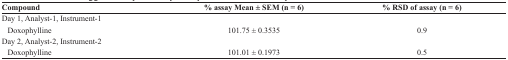
| Compound | % assay Mean ± SEM (n = 6) | % RSD of assay (n = 6) |
 | --- | --- | --- |
 | Day 1, Analyst-1, Instrument-1 Doxophylline | 101.75 ± 0.3535 | 0.9 |
 | Day 2, Analyst-2, Instrument-2 Doxophylline | 101.01 ± 0.1973 | 0.5 |